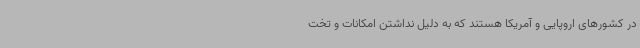
در کشورهای اروپایی و آمریکا هستند که به دلیل نداشتن امکانات و تخت